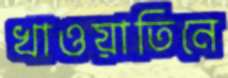
খাওয়াতিনে